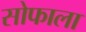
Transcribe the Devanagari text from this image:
सोफाला